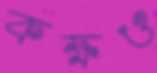
কক্ষও